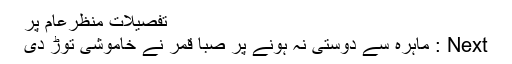
تفصیلات منظرعام پر
Next : ماہرہ سے دوستی نہ ہونے پر صبا قمر نے خاموشی توڑ دی